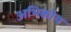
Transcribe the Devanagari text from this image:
अभिकोथ